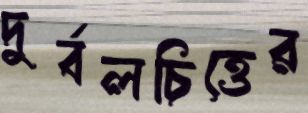
দুর্বলচিত্তের